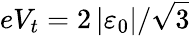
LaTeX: eV_{t}=2\left\vert\varepsilon_{0}\right\vert/\sqrt{3}